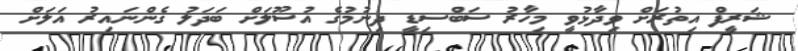
ޝަރީފް އިތުރަށް ވިދާޅުވީ މިހާރު ސަބްސިޑީ ދިނުމުގެ އުސޫލަށް ބަދަލު ގެންނައިރު އަލަށް